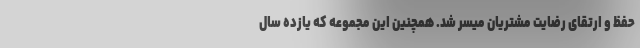
حفظ و ارتقای رضایت مشتریان میسر شد. همچنین این مجموعه که یازده سال